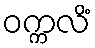
ဝက္ကလိံ